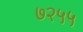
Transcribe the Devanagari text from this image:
७२५५